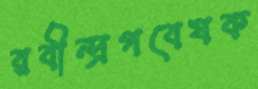
রবীন্দ্রগবেষক